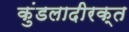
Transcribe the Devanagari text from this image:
कुंडलादीरक्त